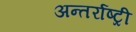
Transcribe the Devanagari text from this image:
अन्तर्राष्ट्री